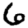
Digit: 6